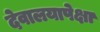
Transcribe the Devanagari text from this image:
देवालयापेक्षा